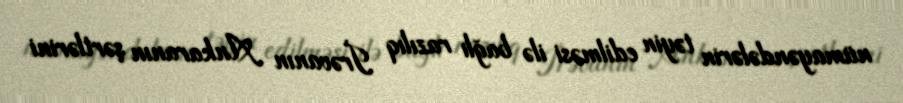
nümayəndələrin təyin edilməsi ilə bağlı razılıq İrəvanın Ankaranın şərtlərini